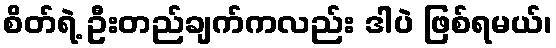
စိတ်ရဲ့ ဦးတည်ချက်ကလည်း ဒါပဲ ဖြစ်ရမယ်၊